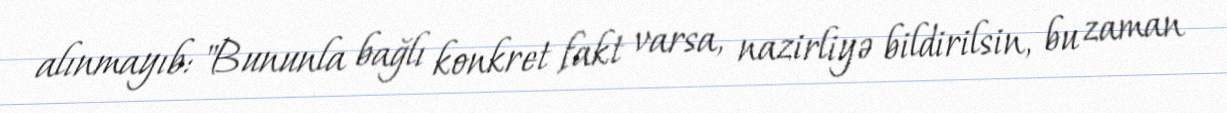
alınmayıb: "Bununla bağlı konkret fakt varsa, nazirliyə bildirilsin, bu zaman